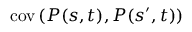
\operatorname { c o v } \left( P ( s , t ) , P ( s ^ { \prime } , t ) \right)